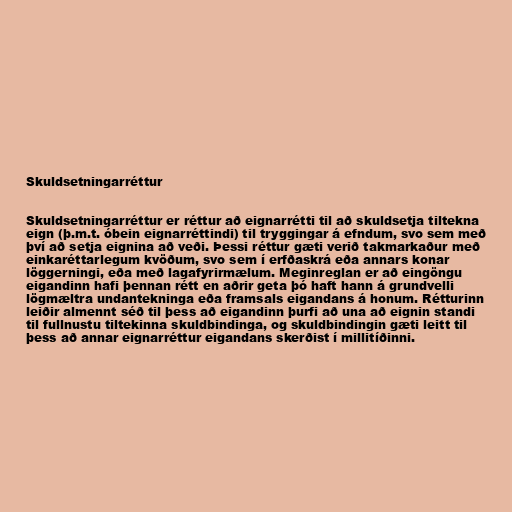
Skuldsetningarréttur

Skuldsetningarréttur er réttur að eignarrétti til að skuldsetja tiltekna
eign (þ.m.t. óbein eignarréttindi) til tryggingar á efndum, svo sem með
því að setja eignina að veði. Þessi réttur gæti verið takmarkaður með
einkaréttarlegum kvöðum, svo sem í erfðaskrá eða annars konar
löggerningi, eða með lagafyrirmælum. Meginreglan er að eingöngu
eigandinn hafi þennan rétt en aðrir geta þó haft hann á grundvelli
lögmæltra undantekninga eða framsals eigandans á honum. Rétturinn
leiðir almennt séð til þess að eigandinn þurfi að una að eignin standi
til fullnustu tiltekinna skuldbindinga, og skuldbindingin gæti leitt til
þess að annar eignarréttur eigandans skerðist í millitíðinni.